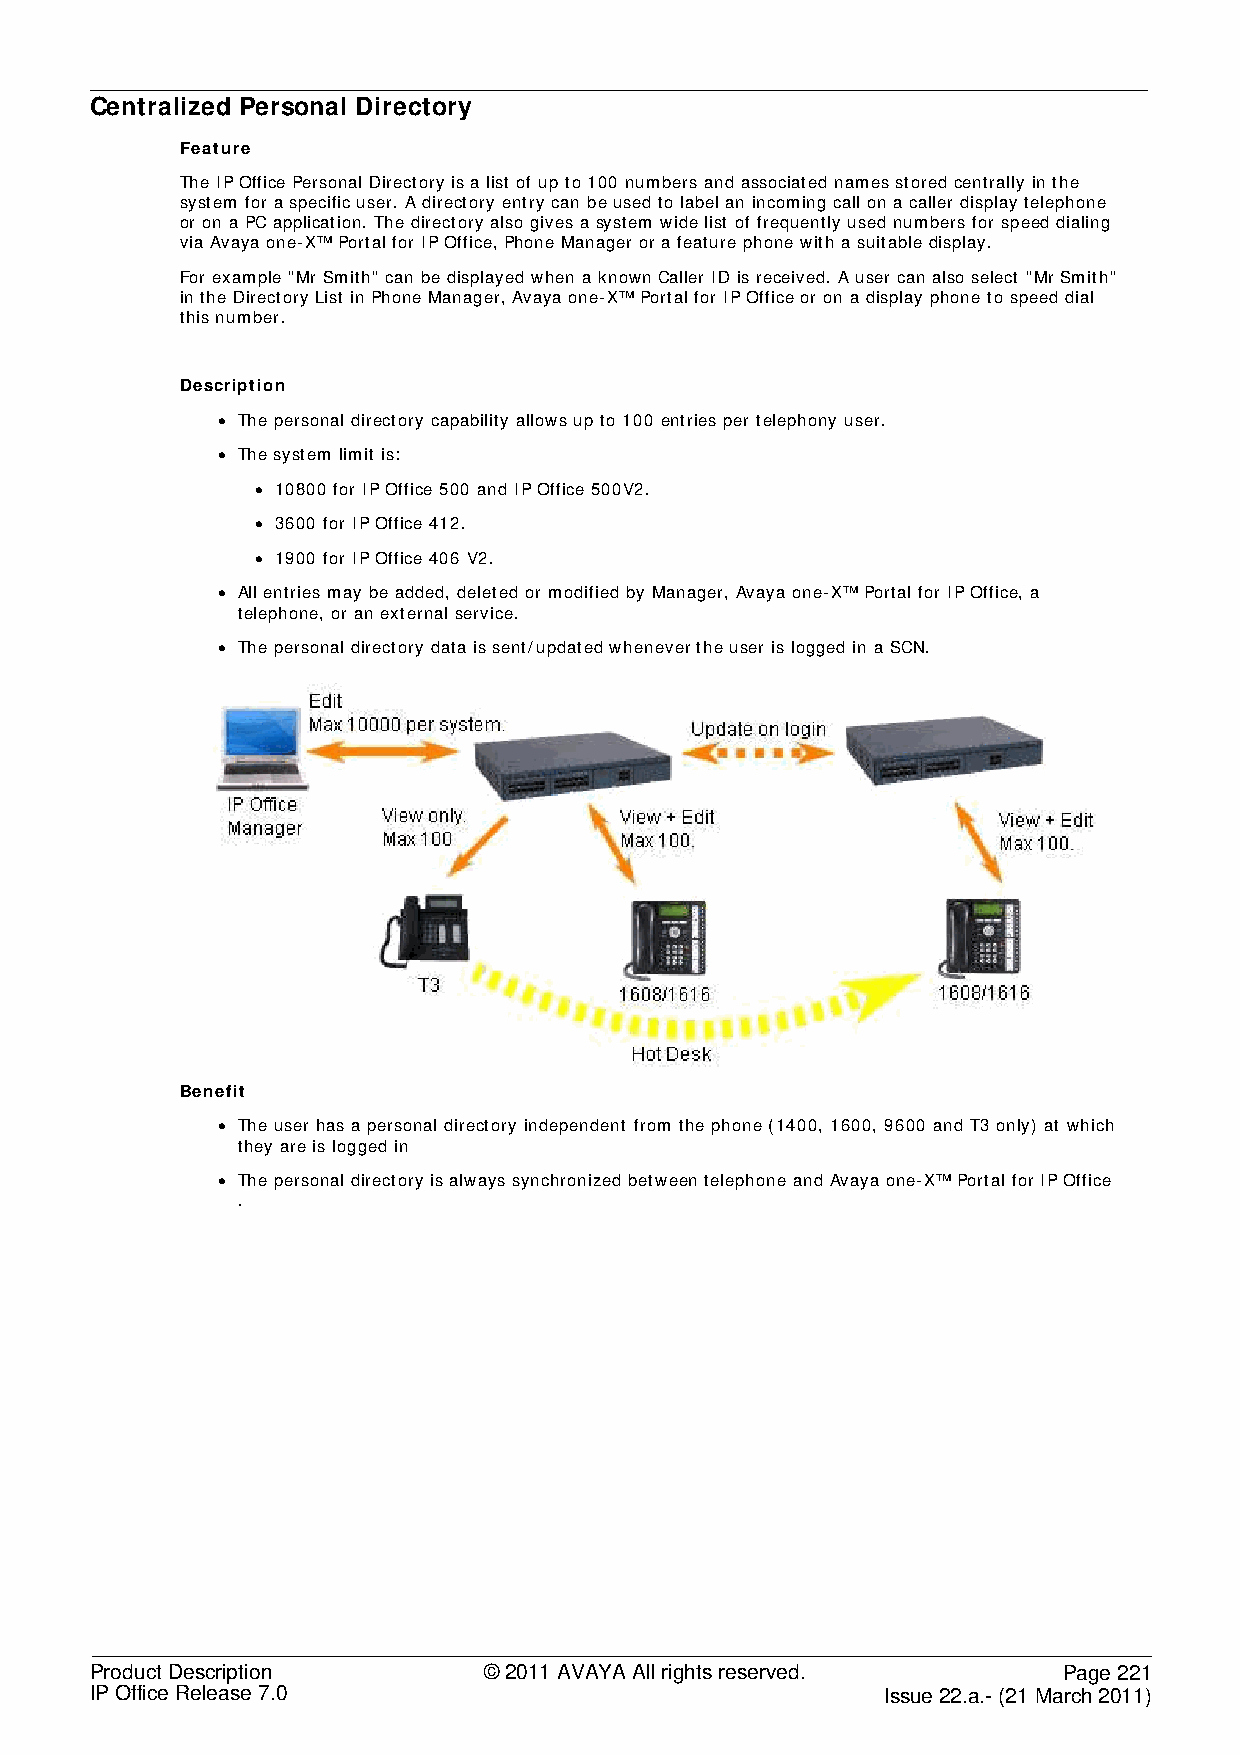
Centralized Personal Directory
 Feature
 The IP Office Personal Directory is a list of up to 100 numbers and associated names stored centrally in the
 system for a specific user. A directory entry can be used to label an incoming call on a caller display telephone
 or on a PC application. The directory also gives a system wide list of frequently used numbers for speed dialing
 via Avaya one-X™ Portal for IP Office, Phone Manager or a feature phone with a suitable display.
 For example "Mr Smith" can be displayed when a known Caller ID is received. A user can also select "Mr Smith"
 in the Directory List in Phone Manager, Avaya one-X™ Portal for IP Office or on a display phone to speed dial
 this number.
 Description
 • The personal directory capability allows up to 100 entries per telephony user.
 • The system limit is:
 • 10800 for IP Office 500 and IP Office 500V2.
 • 3600 for IP Office 412.
 • 1900 for IP Office 406 V2.
 • All entries may be added, deleted or modified by Manager, Avaya one-X™ Portal for IP Office, a
 telephone, or an external service.
 • The personal directory data is sent/updated whenever the user is logged in a SCN.
 Benefit
 • The user has a personal directory independent from the phone (1400, 1600, 9600 and T3 only) at which
 they are is logged in
 • The personal directory is always synchronized between telephone and Avaya one-X™ Portal for IP Office
 .
 Product Description       © 2011 AVAYA All rights reserved.     Page 221
 IP Office Release 7.0                                Issue 22.a.- (21 March 2011)